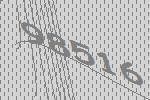
98516